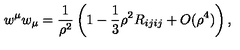
w ^ { \mu } w _ { \mu } = { \frac { 1 } { \rho ^ { 2 } } } \left( 1 - \frac 1 3 \rho ^ { 2 } R _ { i j i j } + O ( \rho ^ { 4 } ) \right) ,